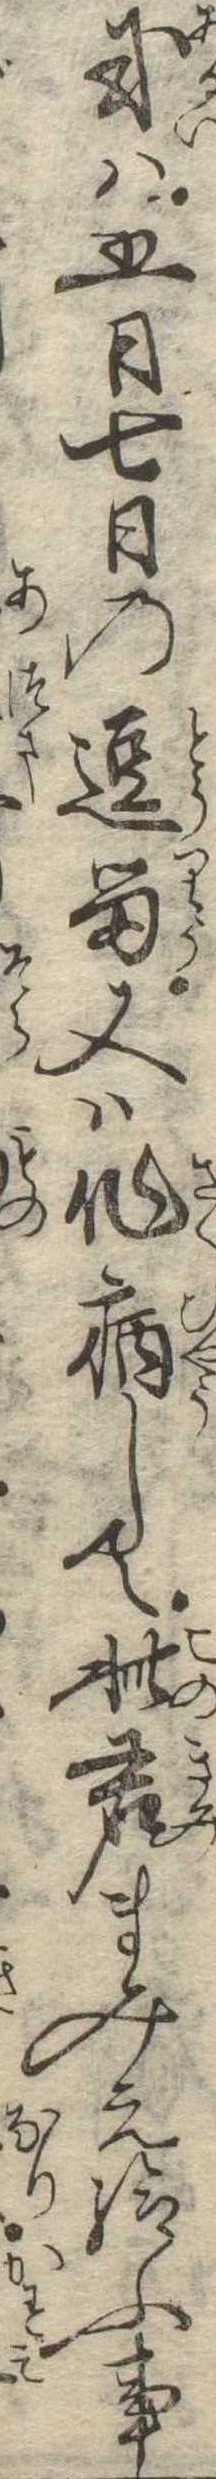
或は五日七日の逗留又は作病して此君まみえ給ふ事